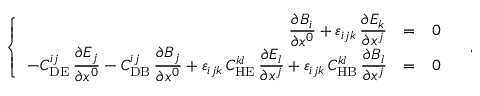
\left\{ \begin{array} { r c l } { { \displaystyle \frac { \partial B _ { i } } { \partial x ^ { 0 } } { } + { } \varepsilon _ { i j k } \, \displaystyle \frac { \partial E _ { k } } { \partial x ^ { j } } } } & { { = } } & { { 0 } } \\ { { - C _ { \mathrm { D E } } ^ { i j } \, \displaystyle \frac { \partial E _ { j } } { \partial x ^ { 0 } } { } - { } C _ { \mathrm { D B } } ^ { i j } \, \displaystyle \frac { \partial B _ { j } } { \partial x ^ { 0 } } { } + { } \varepsilon _ { i j k } \, C _ { \mathrm { H E } } ^ { k l } \, \displaystyle \frac { \partial E _ { l } } { \partial x ^ { j } } { } + { } \varepsilon _ { i j k } \, C _ { \mathrm { H B } } ^ { k l } \, \displaystyle \frac { \partial B _ { l } } { \partial x ^ { j } } } } & { { = } } & { { 0 } } \end{array} \right. \quad ,